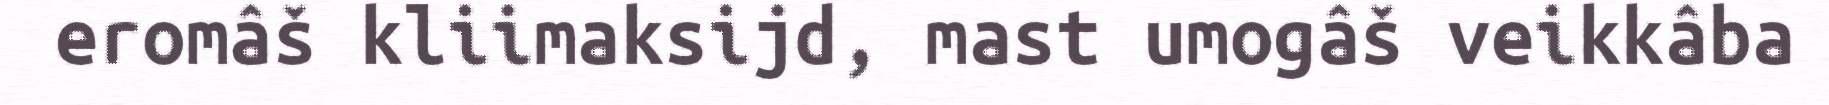
eromâš kliimaksijd, mast umogâš veikkâba